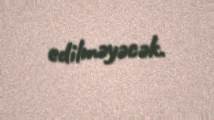
edilməyəcək.